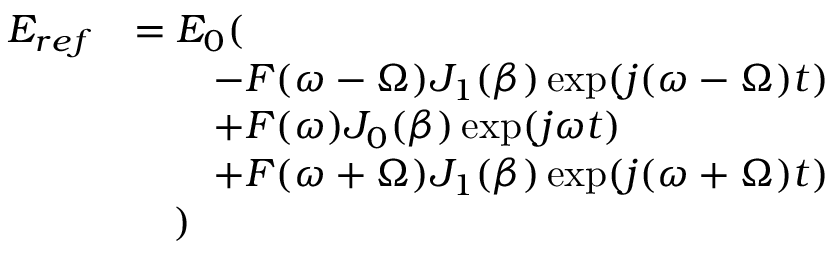
\begin{array} { r l } { E _ { r e f } } & { = E _ { 0 } ( } \\ & { \quad \quad - F ( \omega - \Omega ) J _ { 1 } ( \beta ) \exp ( j ( \omega - \Omega ) t ) } \\ & { \quad \quad + F ( \omega ) J _ { 0 } ( \beta ) \exp ( j \omega t ) } \\ & { \quad \quad + F ( \omega + \Omega ) J _ { 1 } ( \beta ) \exp ( j ( \omega + \Omega ) t ) } \\ & { \quad ) } \end{array}